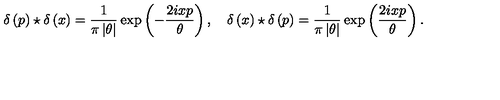
\delta \left( p \right) \star \delta \left( x \right) = \frac { 1 } { \pi \left| \theta \right| } \exp \left( - \frac { 2 i x p } { \theta } \right) , \quad \delta \left( x \right) \star \delta \left( p \right) = \frac { 1 } { \pi \left| \theta \right| } \exp \left( \frac { 2 i x p } { \theta } \right) .